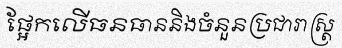
ផ្អែកលើធនធាននិងចំនួនប្រជារាស្ត្រ